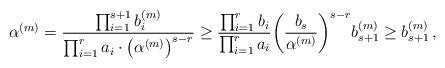
LaTeX: \begin{align*}\alpha^{(m)}={\frac{\prod_{i=1}^{s+1}b_i^{(m)}}{\prod_{i=1}^ra_i\cdot\bigl(\alpha^{(m)}\bigr)^{s-r}}}\ge{\frac{\prod_{i=1}^rb_i}{\prod_{i=1}^ra_i}}\biggl({\frac{b_s}{\alpha^{(m)}}}\biggr)^{s-r}b_{s+1}^{(m)}\ge b_{s+1}^{(m)} \,,\end{align*}